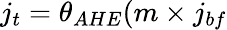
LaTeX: j_{t}=\theta_{AHE}(m\times j_{bf}